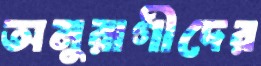
অনুরাগীদের